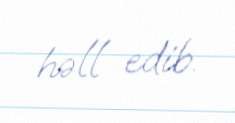
həll edib.